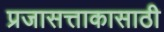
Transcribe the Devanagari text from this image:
प्रजासत्ताकासाठी